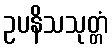
ဥပနိသသုတ္တံ